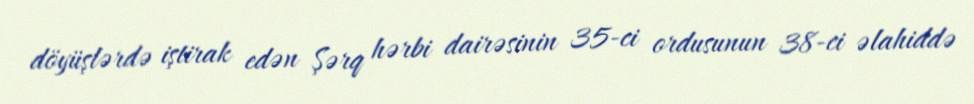
döyüşlərdə iştirak edən Şərq hərbi dairəsinin 35-ci ordusunun 38-ci əlahiddə